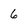
Character: 6